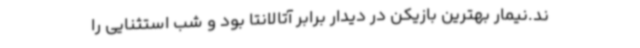
ند.نیمار بهترین بازیکن در دیدار برابر آتالانتا بود و شب استثنایی را